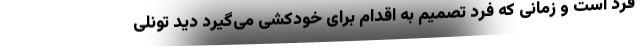
فرد است و زمانی که فرد تصمیم به اقدام برای خودکشی می‌گیرد دید تونلی